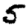
Digit: 5